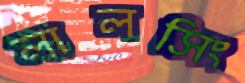
লালসিং